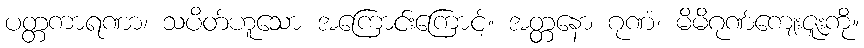
ပတ္တကာရဏာ၊ သပိတ်ဟူသော အကြောင်းကြောင့်။ အတ္တနော ဂုဏံ၊ မိမိဂုဏ်ကျေးဇူးကို။